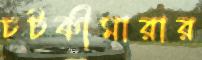
চটকীমারার